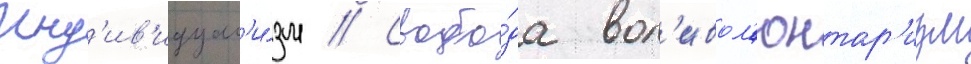
Инд'ив'идуал'и́зм // Свобо́да вол'ивол'юнтар'изм